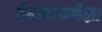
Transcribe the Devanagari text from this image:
देवालयापेक्षा